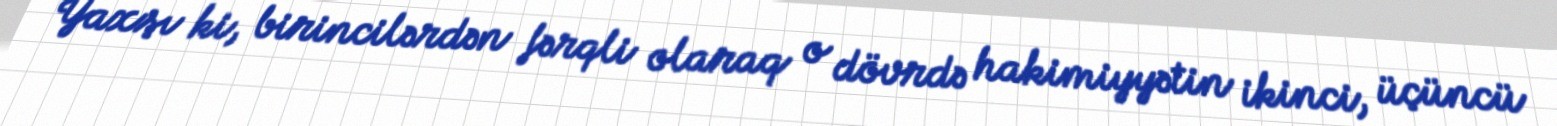
Yaxşı ki, birincilərdən fərqli olaraq o dövrdə hakimiyyətin ikinci, üçüncü